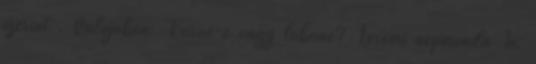
szerint . Valójában: Kuruc-e vagy labanc? Teremi népmonda In: